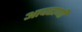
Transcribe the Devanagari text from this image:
आवढाणी